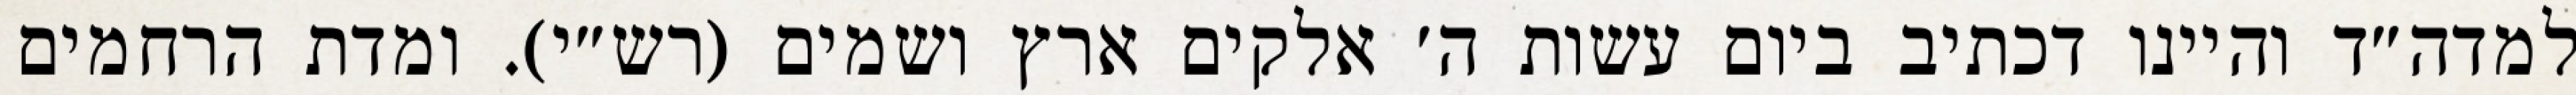
למדה״ד והיינו דכתיב ביום עשות ה׳ אלקים ארץ ושמים (רש״י). ומדת הרחמים